Report on horse surra - Volume II, Part II
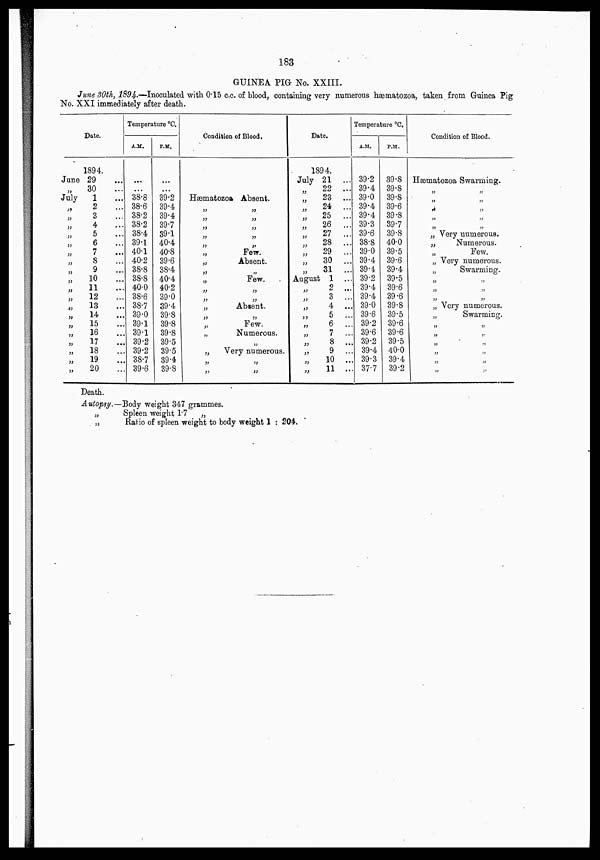
183
GUINEA PIG No. XXIII.
June 30th, 1894.—Inoculated with 0.15 c.c. of blood, containing very numerous hæmatozoa, taken from Guinea Pig
No. XXI immediately after death.
Date.
June
„
July
„
„
„
„
„
„
„
„
„
„
„
„
„
„
„
„
„
„
„
1894.
29 ...
30 ...
1 ...
2 ...
3 ...
4 ...
5 ...
6 ...
7 ...
8 ...
9 ...
10 ...
11 ...
12 ...
13 ...
14 ...
15 ...
16 ...
17 ...
18 ...
19 ...
20 ...
Temperature °C.
A.M.
...
...
38.8
38.6
38.2
38.2
38.4
39.1
40.1
40.2
38.8
38.8
40.0
38.6
38.7
39.0
39.1
39.1
39.2
39.2
38.7
39.6
P.M.
...
...
39.2
39.4
39.4
39.7
39.1
40.4
40.8
39.6
38.4
40.4
40.2
39.0
39.4
39.8
39.8
39.8
39.5
39.5
39.4
39.8
Condition of Blood.
Hæmatozoa Absent.
„
„
„
„
„
„
„
„
„ Few.
„
Absent.
„ „
„ Few.
„
„
„
„
„
Absent.
„
„
„ Few.
„
Numerous.
„
„
Very numerous.
„
„
„
„
Date.
1894.
July 21 ...
„
22 ...
„
23 ...
„
24 ...
„
25
...
„
26 ...
„
27
...
„
28
...
„
29 ...
„
30 ...
„
31
...
August 1
„ 2 ...
„ 3 ...
„ 4 ...
„ 5 ...
„ 6 ...
„ 7 ...
„ 8 ...
„ 9 ...
„
10 ..
„
11 ..
Temperature °C.
A.M.
39.2
39.4
39.0
39.4
39.4
39.3
39.6
38.8
39.0
39.4
39.4
39.2
39.4
39.4
39.0
39.6
39.2
39.6
39.2
39.4
39.3
37.7
P.M.
39.8
39.8
39.8
39.6
39.8
39.7
39.8
40.0
39.5
39.6
39.4
39.5
39.6
39.6
39.8
39.5
39.6
39.6
39.5
40.0
39.4
39.2
Condition of Blood.
Hæmatozoa Swarming.
„
„
„
„
„ „
„ „
„ „
„ Very numerous.
„
Numerous.
„ Few.
„ Very numerous.
„
Swarming.
„
„
„ „
„
„
„ Very numerous.
„
Swarming.
„
„
„
„
„ „
„
„
„
„
„
„
Death.
Autopsy.—Body weight 347 grammes.
„
Spleen weight 1.7
„
„
Ratio of spleen weight to body weight 1 : 204.